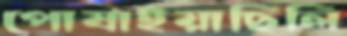
পোষাইয়াছিলি